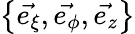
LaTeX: \displaystyle\left\{ \vec{e_{\xi}},\vec{e_{\phi}},\vec{e_{z}}\right\}